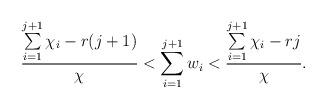
LaTeX: \begin{align*} \frac{\sum\limits_{i=1}^{j+1}\chi_i - r(j+1)}{\chi} < \sum\limits_{i=1}^{j+1}w_i < \frac{\sum\limits_{i=1}^{j+1}\chi_i - rj}{\chi}. \end{align*}